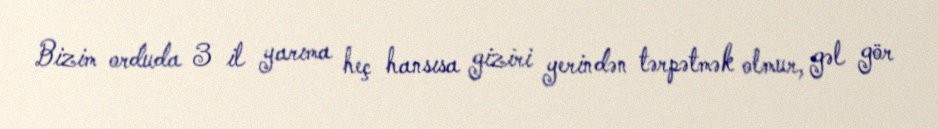
Bizim orduda 3 il yarıma heç hansısa giziri yerindən tərpətmək olmur, gəl gör